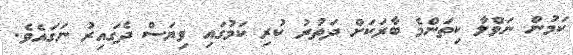
ކަމުން ނަވްލާ ކިތަންމެ ބާރަކަށް ދަތުރު ކުރި ކަމުގައި ވިޔަސް ދެގައިރު ނަގައެވެ.